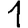
Digit: 1